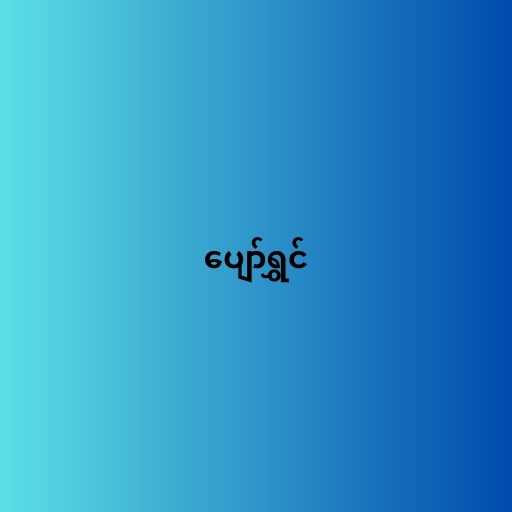
ပျော်ရွှင်